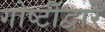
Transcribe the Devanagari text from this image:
गोष्टींद्वारे